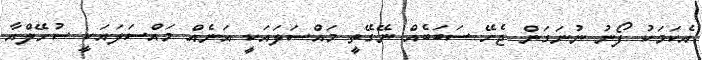
އެކަމަކު ފޯނު ނުނަގަން ޖެހޭ ސަބަބެއް ނޭގޭތީ މައްސަލައަކީ އަނެއް މައްސަލައަކީ ސުހޭލްއާ